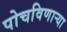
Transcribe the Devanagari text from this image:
पोचविणार्‍या